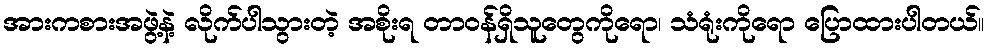
အားကစားအဖွဲ့နဲ့ လိုက်ပါသွားတဲ့ အစိုးရ တာဝန်ရှိသူတွေကိုရော၊ သံရုံးကိုရော ပြောထားပါတယ်။